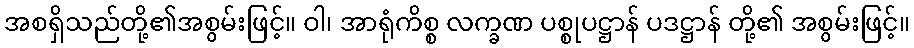
အစရှိသည်တို့၏အစွမ်းဖြင့်။ ဝါ၊ အာရုံကိစ္စ လက္ခဏ ပစ္စုပဋ္ဌာန် ပဒဋ္ဌာန် တို့၏ အစွမ်းဖြင့်။